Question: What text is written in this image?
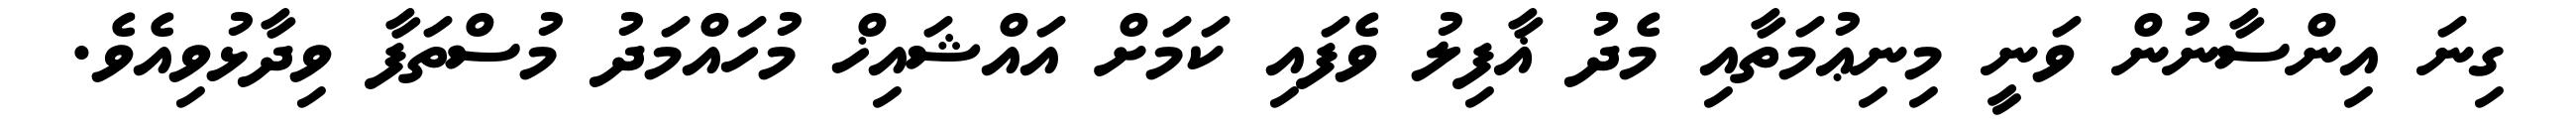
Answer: ގިނަ އިންސާނުން ވަނީ މިނިޢުމަތާއި މެދު ޣާފިލު ވެފައި ކަމަށް އައްޝައިޚް މުހައްމަދު މުސްތަފާ ވިދާޅުވިއެވެ.